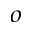
_ o